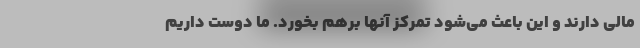
مالی دارند و این باعث می‌شود تمرکز آنها برهم بخورد. ما دوست داریم